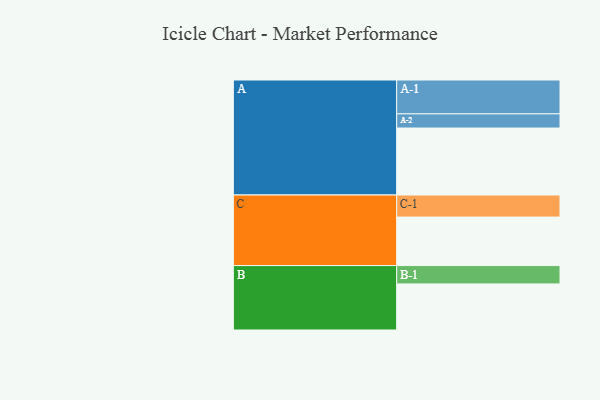
{"axis": {"x": "Segment", "y": "Value"}, "legend": ["", "A", "B", "C"], "data": [{"x": "A", "y": 580, "type": ""}, {"x": "B", "y": 399, "type": ""}, {"x": "C", "y": 420, "type": ""}, {"x": "A-1", "y": 293, "type": "A"}, {"x": "A-2", "y": 123, "type": "A"}, {"x": "B-1", "y": 159, "type": "B"}, {"x": "C-1", "y": 191, "type": "C"}]}